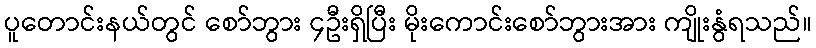
ပူတောင်းနယ်တွင် စော်ဘွား ၄ဦးရှိပြီး မိုးကောင်းစော်ဘွားအား ကျိုးနွံရသည်။